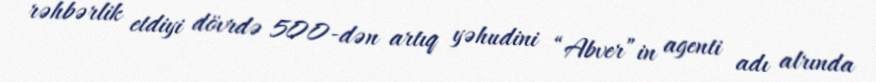
rəhbərlik etdiyi dövrdə 500-dən artıq yəhudini “Abver”in agenti adı alrında